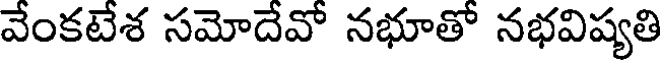
వేంకటేశ సమోదేవో నభూతో నభవిష్యతి